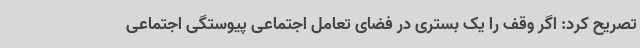
تصریح کرد: اگر وقف را یک بستری در فضای تعامل اجتماعی پیوستگی اجتماعی